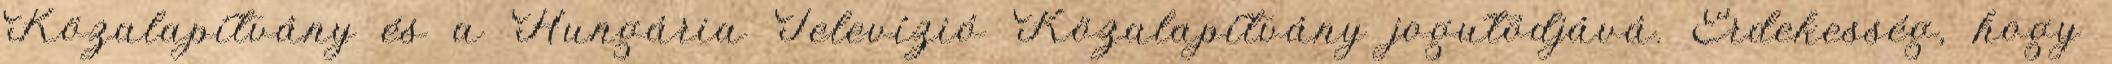
Közalapítvány és a Hungária Televízió Közalapítvány jogutódjává. Érdekesség, hogy